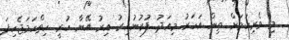
މި ވެރިކަމަށް ތިން އަހަރު މިއަދު ފުރުނުއިރު އިރު އޭނާ ހުރީ ހިތްހަމަޖެހިފަ